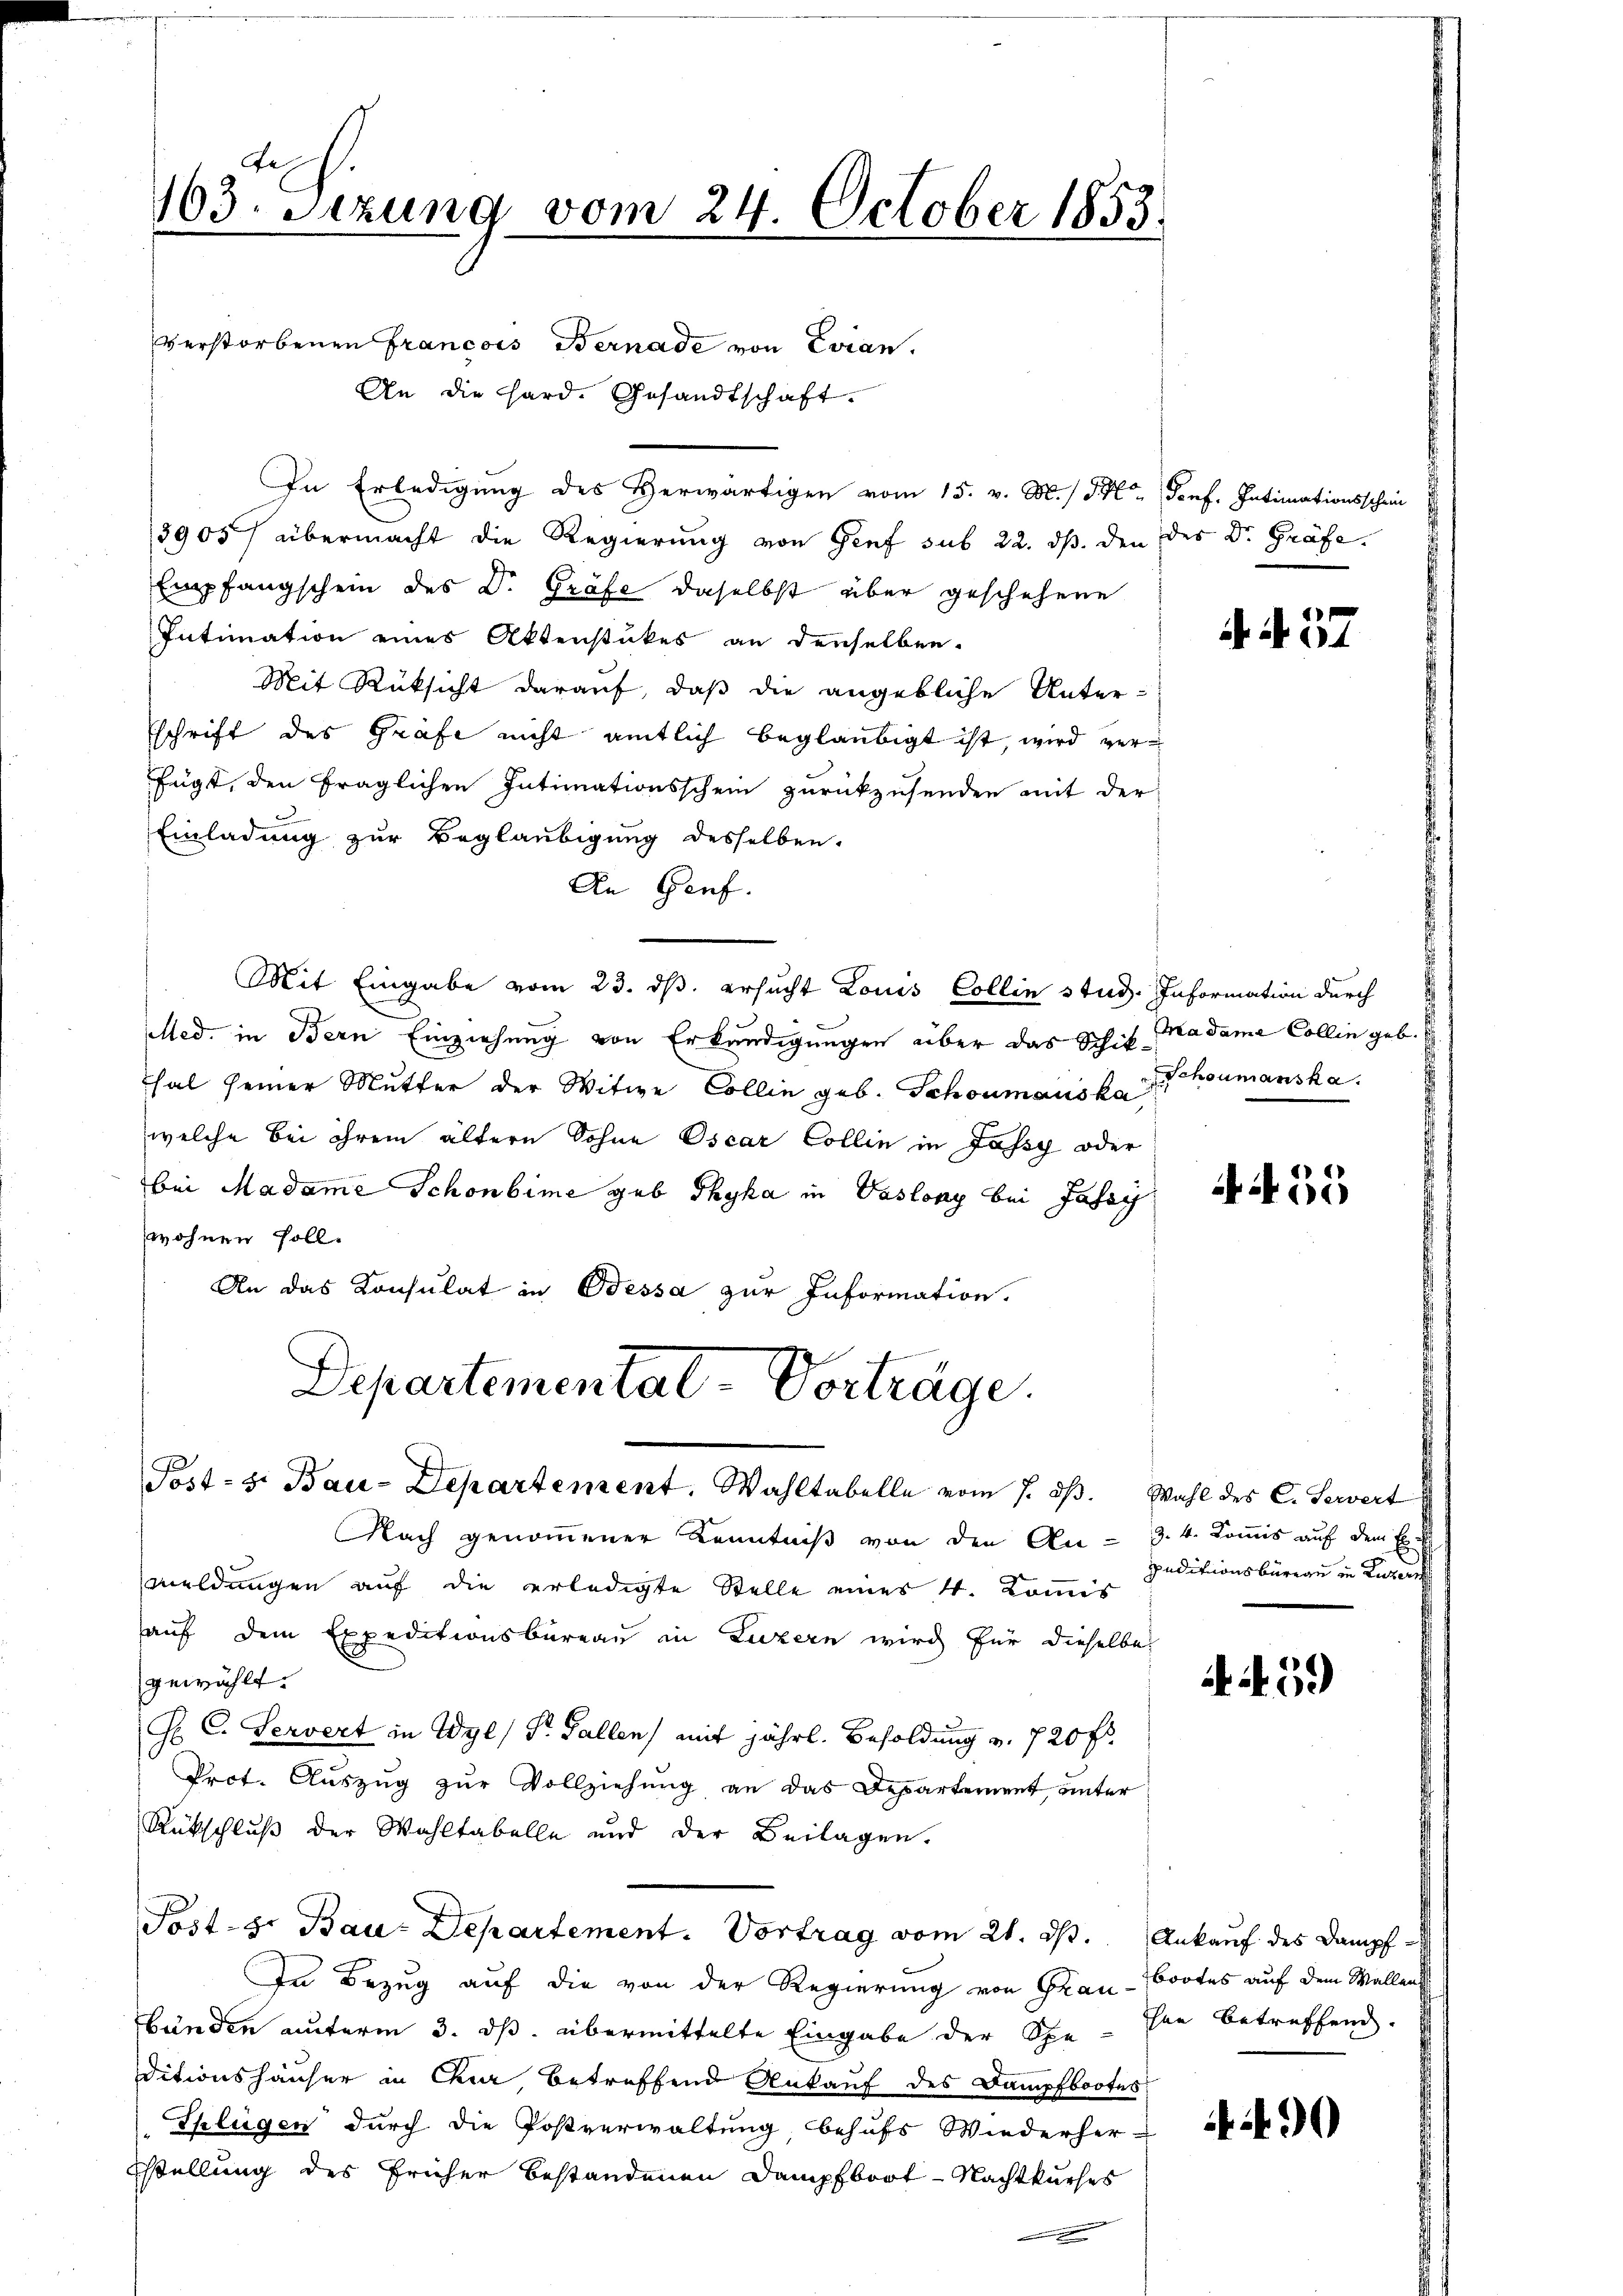
103. Setzung vom 24. October 1853.

verstorbenen Francois Bernade von Evian.
An die Hard. Gesandtschaft.
In Erledigung des Herwärtigen vom 15. v. M. / M. Genf. Intimationsschein
3905/ übermacht die Regierung von Genf sub 22. ds. den des Dr. Gräfe.
Empfangschein des Dr. Gräfe daselbst über geschehene
Intimation eines Aktenstückes an denselben.
Mit Rüksicht darauf, daß die angebliche Unter-
schrift des Grafe nicht amtlich beglaubigt ist, wird verfügt, den fraglichen Intimationsschein zurückzusenden mit der
Einladung zur Beglaubigung desselben.
An Genf.
Mit Eingabe vom 23. ds. ersucht Louis Collin stud. Information durch
Med. in Bern Einziehung von Erkundigungen über das Schil Madame Collin geb. E
hal seiner Mutter der Witwe Collin geb. Schonmauska
welche bei ihrem ältern Sohne Oscar Collin in Jassy oder
bei Madame Schönbime gub Thyka in Vaslony bei Jahrg
wohnen soll.
An das Konsulat in Odessa zur Information.
Departemental-Vorträge.
Post- u. Bau-Departement. Wahltabelle vom 7. dβ. Wahl des C. Servert
Nach genommener Kenntniß von den An- 3. 4. Kommis auf dem Exmeldungen auf die erledigte Stelle eines 4. Kommis
auf dem Expeditionsbüreau in Luzern wird für dieselbe
gewählt.
G C. Servert in Wyl, Dr. Gallen) mit jährl. Besoldung v. 720 f.
Prct. Aŭszŭg zŭr Vollziehung an das Departement, unter
Rückschluß der Wohltabelle und der Beilagen.
Post- Hr Bau-Departement. Vortrag vom 21. ds. Ankauf des Dampf
In Bezug auf die von der Regierung von Grau-Tortes auf dem Wallenst
bünden unterm 3. ds. übermittelte Eingabe der Sche- sie betreffend.
ditionshäuser in Chur, betreffend Ankauf des Dampfbootes
Splügen durch die Postverwaltung behufs Wiederher-
stellung des Früher bestandenen Dampfboot - Nachtkuches

4 S. 37.

Schoumanska

A 455

peditionsbüreau in Luzern

A 459

90